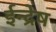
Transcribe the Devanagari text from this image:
ईन्द्रेष